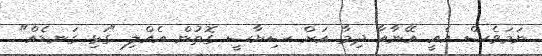
ނަމަވެސް އެއީ އޭނާއާ ދިމާ އަށް ސިޔާސީ ގޮތުން އެއްލި "ގަޅި ގަނޑެއް"